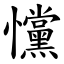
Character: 戃